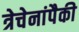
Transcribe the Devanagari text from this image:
त्रेचेनांपैकी